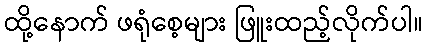
ထို့နောက် ဖရုံစေ့များ ဖြူးထည့်လိုက်ပါ။